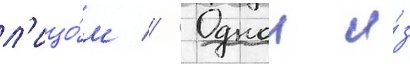
л'ицо́м // Однои и́з